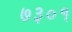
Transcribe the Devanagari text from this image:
७३०१